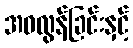
အဝလွန်ခြင်းနှင့်